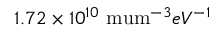
1 . 7 2 \times 1 0 ^ { 1 0 } \mathrm { \ m u m } ^ { - 3 } e V ^ { - 1 }